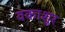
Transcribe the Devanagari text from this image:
वकाशुर